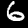
Digit: 6